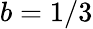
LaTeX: b=1/3